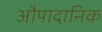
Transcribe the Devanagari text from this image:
औपादानिक